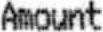
AMOUNT